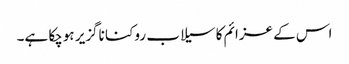
اس کے عزائم کا سیلاب روکنا ناگزیر ہوچکا ہے۔